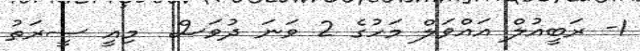
1- ރަބީއުލް އައްވަލް މަހުގެ 2 ވަނަ ދުވަސް  މިއީ ސީރަތު